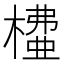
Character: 𣙶